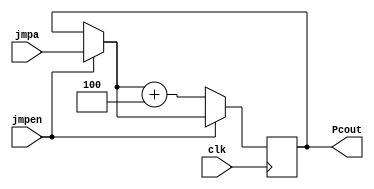
module L7PC (Pcout, jmpa, jmpen, clk);
	output reg [6:0] Pcout;
	input [6:0] jmpa;
	input jmpen,clk;


	always @ (posedge clk) begin
		if (jmpen == 1'b1) begin
			Pcout = jmpa;
		end
		if (jmpen ==1'b0) begin
			Pcout = (Pcout + 32'd4);
		end
	end

endmodule